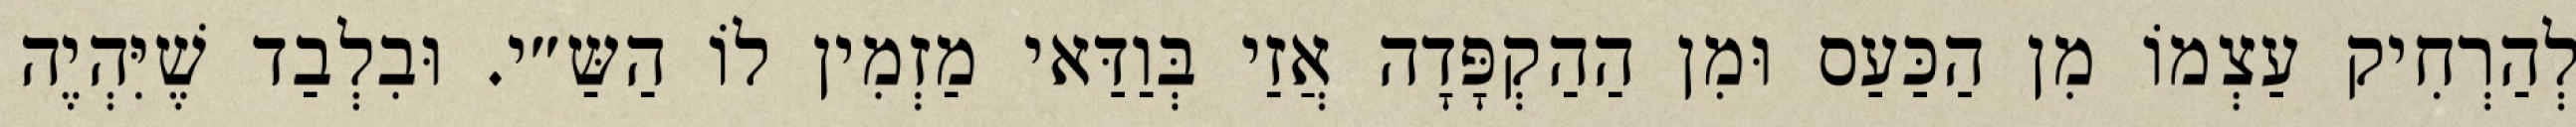
לְהַרְחִיק עַצְמוֹ מִן הַכַּעַס וּמִן הַהַקְפָּדָה אֲזַי בְּוַדַּאי מַזְמִין לוֹ הַשַּ״י. וּבִלְבַד שֶׁיִּהְיֶה